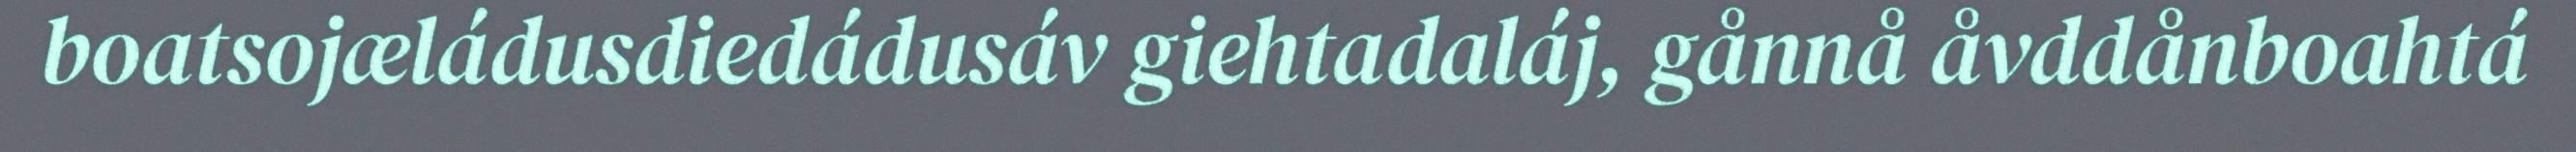
boatsojæládusdiedádusáv giehtadaláj, gånnå åvddånboahtá